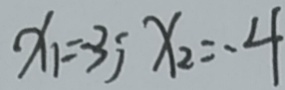
x _ { 1 } = - 3 ; x _ { 2 } = - 4